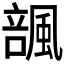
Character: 𱃆